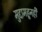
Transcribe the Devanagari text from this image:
मुद्दामहूनही